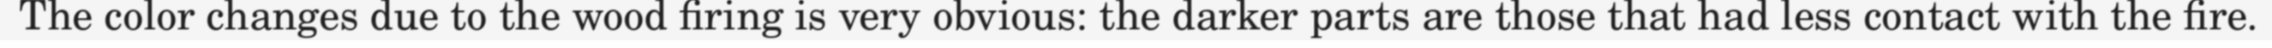
The color changes due to the wood firing is very obvious: the darker parts are those that had less contact with the fire.